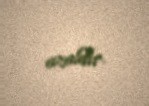
azaldır.